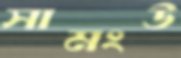
সামংউ